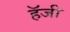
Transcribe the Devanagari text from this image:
हॅजी